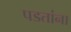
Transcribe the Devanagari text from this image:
पडतांना